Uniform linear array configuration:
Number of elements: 32
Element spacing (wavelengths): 0.25
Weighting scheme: blackman
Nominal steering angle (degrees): -15
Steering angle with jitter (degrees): -13.776
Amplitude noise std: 0.05
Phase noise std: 0.05

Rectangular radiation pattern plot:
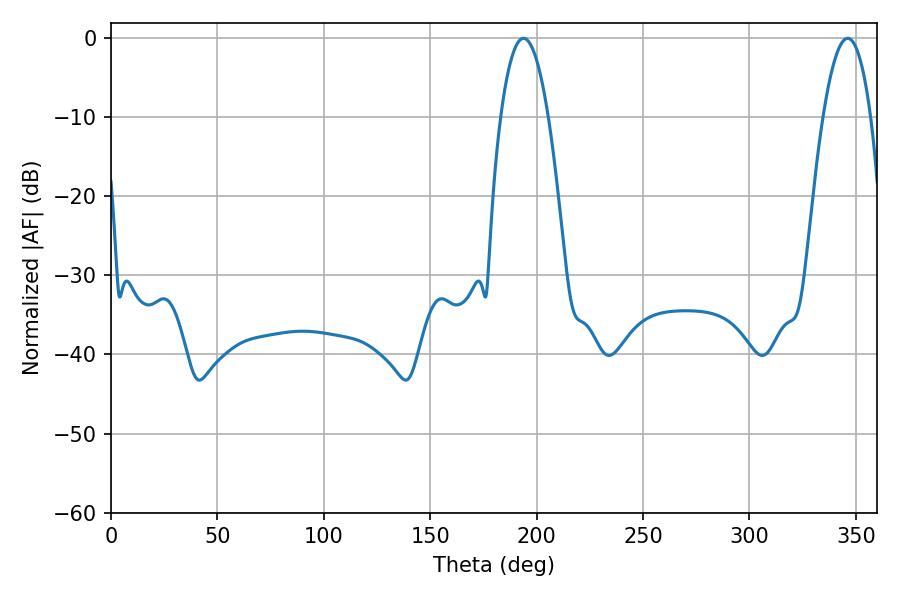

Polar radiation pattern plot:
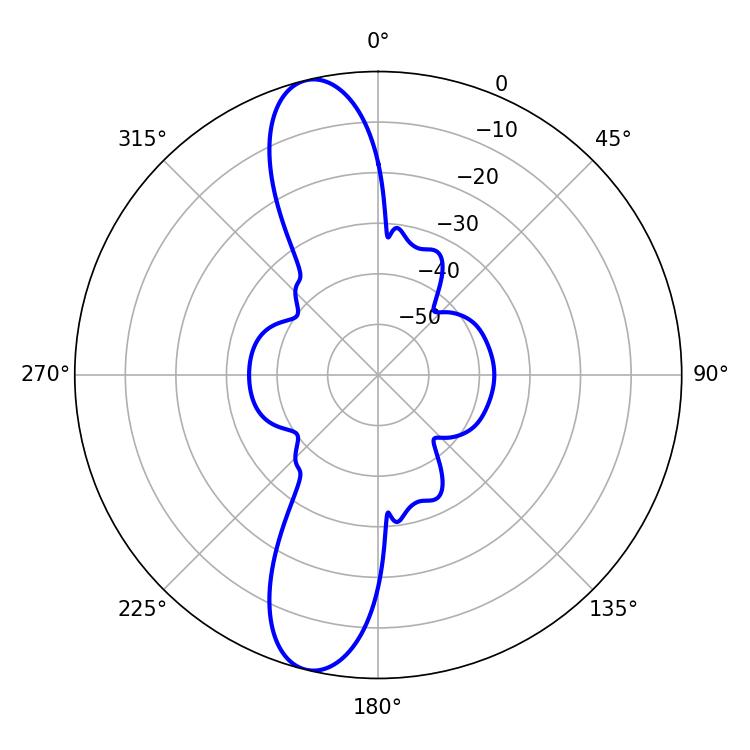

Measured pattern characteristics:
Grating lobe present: FALSE
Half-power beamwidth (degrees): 12.42
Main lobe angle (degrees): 193.86